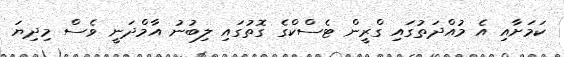
ކަމަށާއި އެ މުއްދަތުގައި ގްރީން ޓެސްކްގެ ގޮތުގައި ލިބުނު އާމްދަނީ ވެސް މިދިޔަ